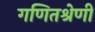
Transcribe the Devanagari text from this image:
गणितश्रेणी